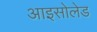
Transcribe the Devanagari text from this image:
आइसोलेड